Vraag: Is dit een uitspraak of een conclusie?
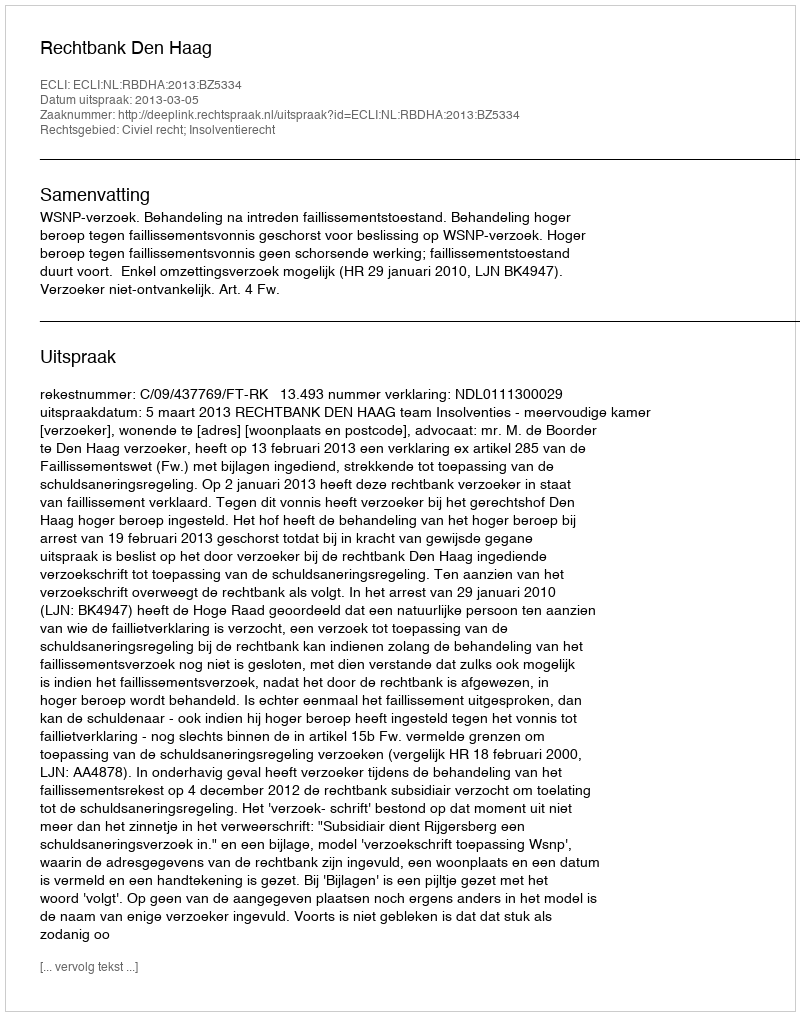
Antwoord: Uitspraak